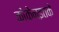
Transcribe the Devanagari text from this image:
कोकेनइतके